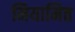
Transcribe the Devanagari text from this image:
मियामित